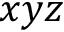
x y z